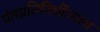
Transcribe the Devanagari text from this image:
पंतप्रतिनिधींच्याच